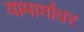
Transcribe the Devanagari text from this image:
यामार्गावर